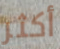
أكثر